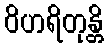
ဝိဟရိတုန္တိ